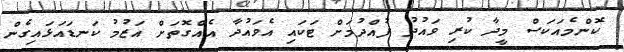
ކޮންމެއަކަސް މީދާ ކުރި ވައުދު ފުއްދުމަށް ޓަކައި އެވައުދާ އެއްގޮތަށް އަޒުމު ކަނޑައަޅައިގެން